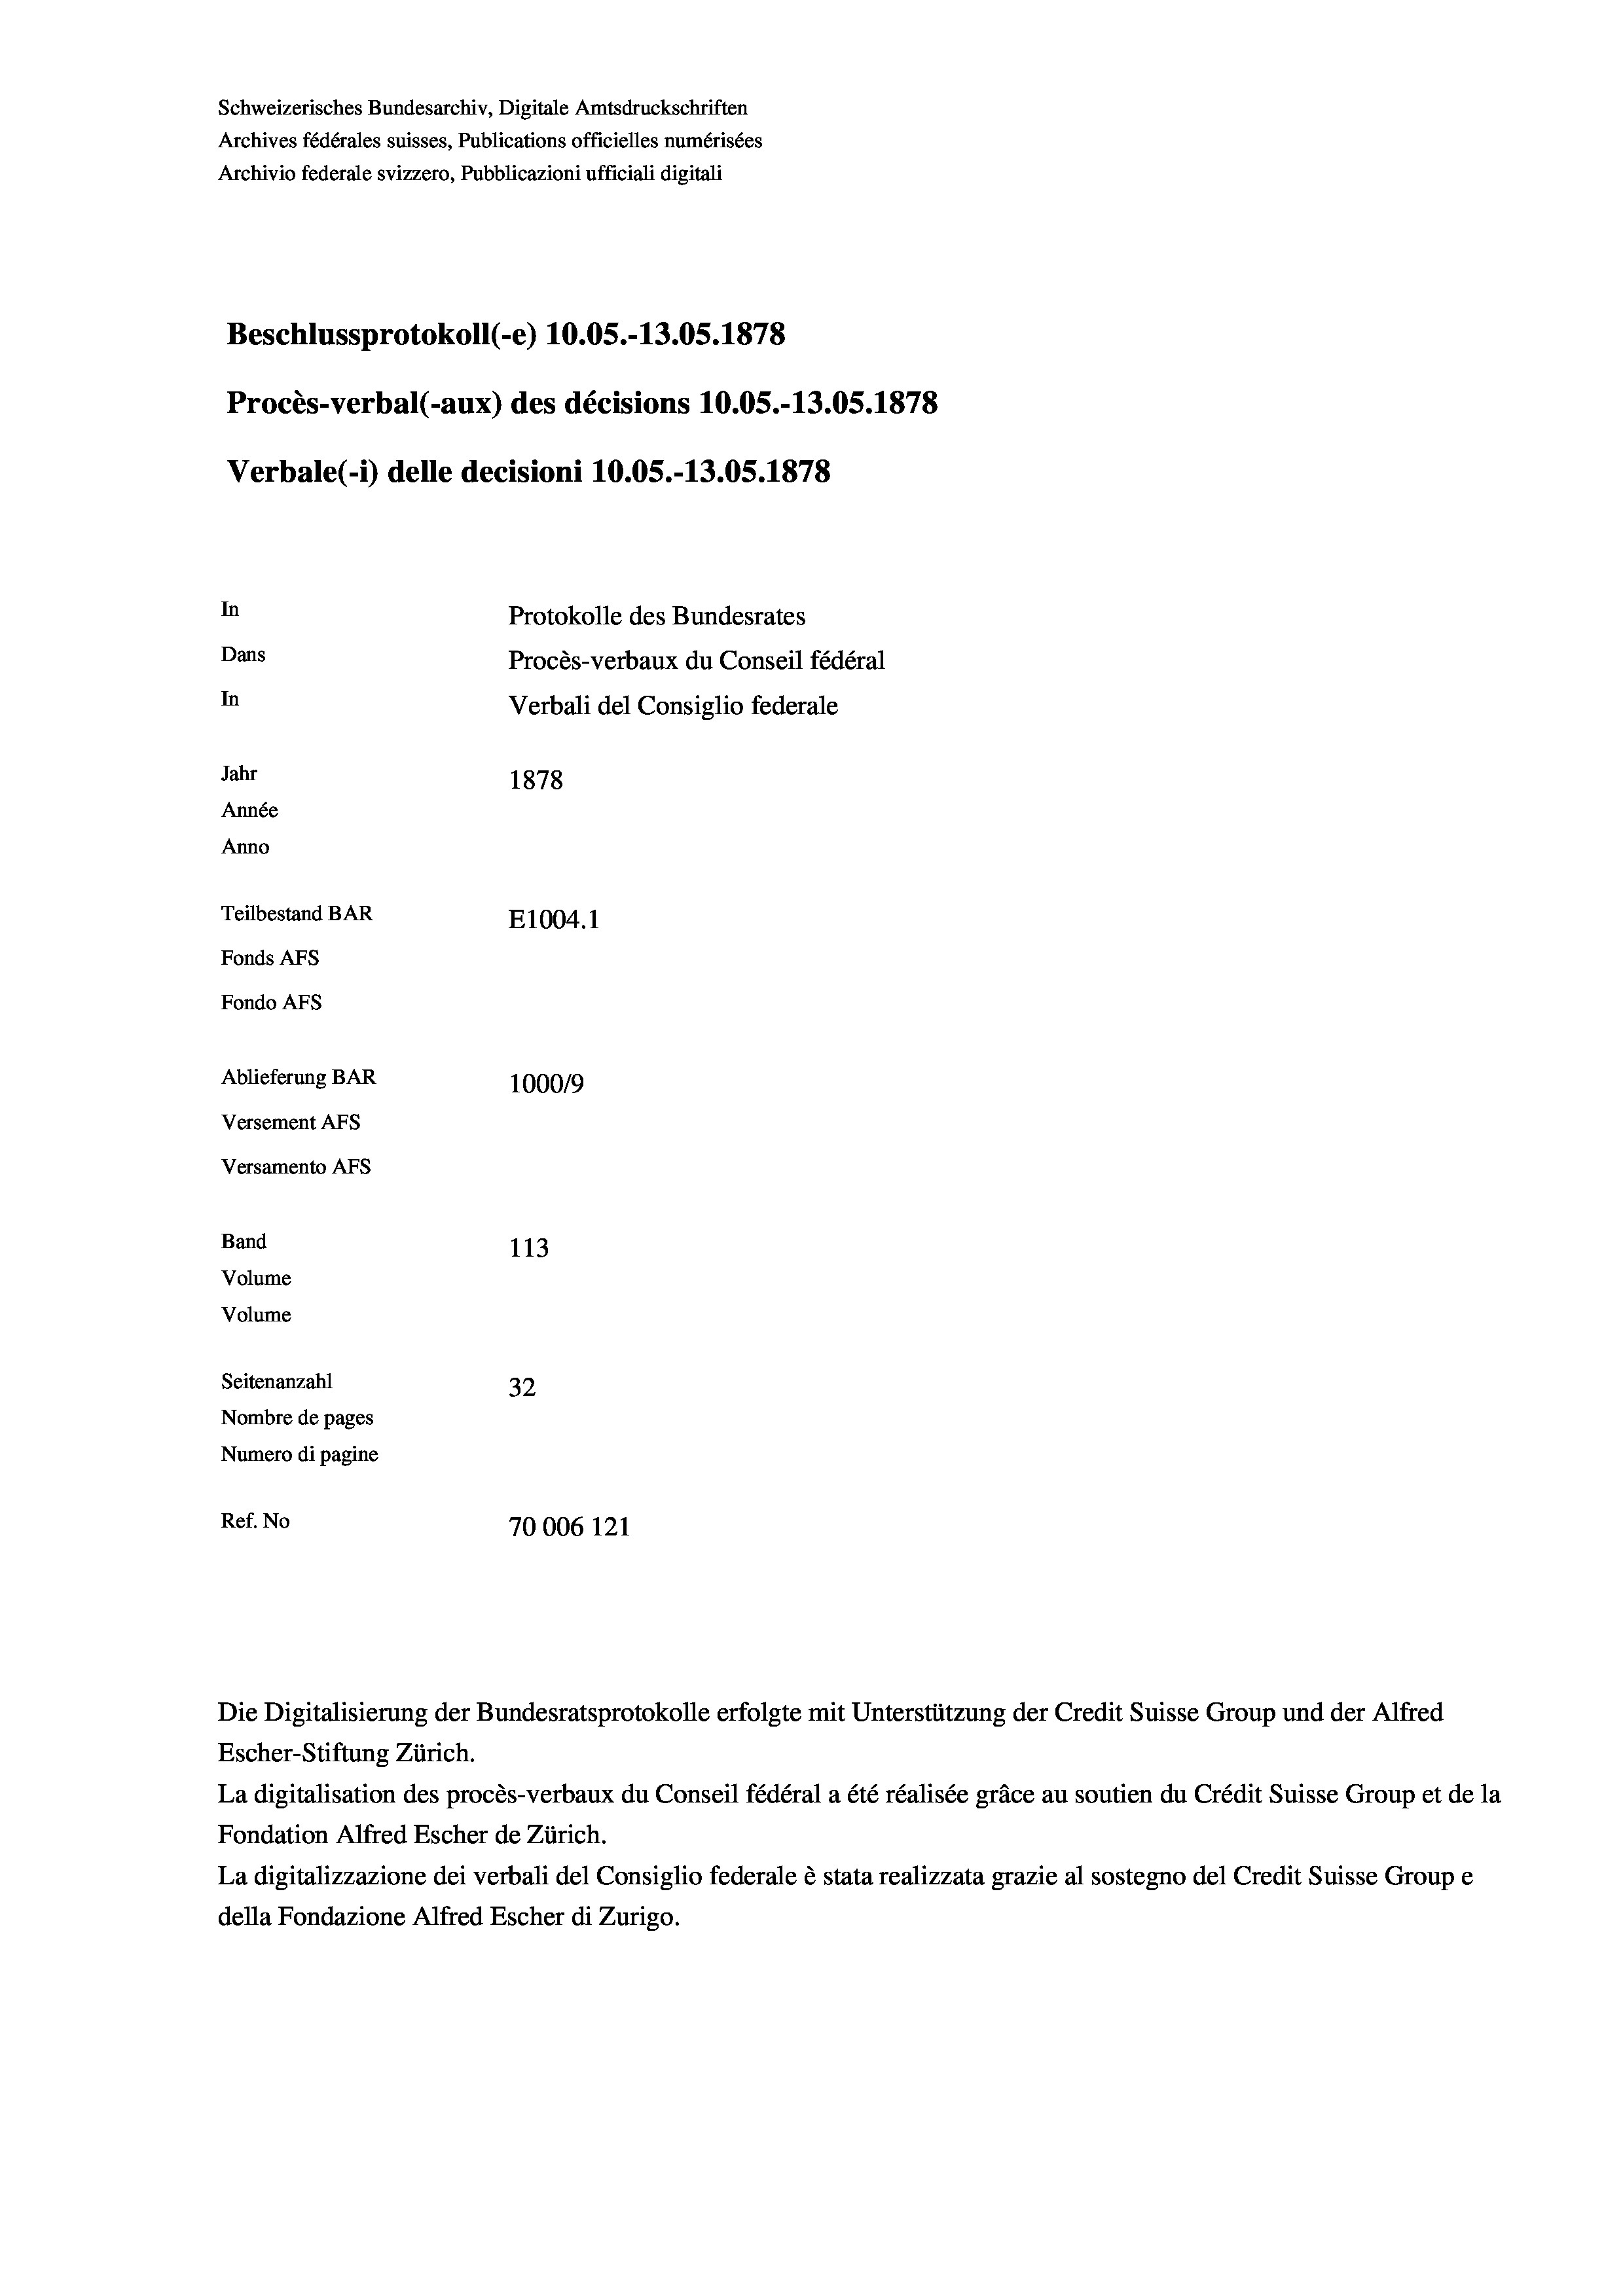
Schweizerisches Bundesarchiv, Digitale Amtsdruckschriften
Archives fédérales suisses, Publications officielles numérisées
Archivio federale svizzero, Pubblicazioni ufficiali digitali
Beschlussprotokoll (-e) 10.05.-13.05. 1878
Procès-verbal (-aux) des décisions 10.05.-13.05. 1878
Verbale (1) delle decisioni 10.05.-13.05. 1878
In
Protokolle des Bundesrates
Dans
Procès-verbaux du Conseil fédéral
In
Verbali del Consiglio federale
Jahr
1878
Année
Anno
Teilbestand BAR
E1004. 1
Fonds AFs
Fondo Afs
Ablieferung BAR
100019
Versement AFs
Versamento AFS
Band
113
Volume
Volume

Seitenanzahl
32
Nombre de pages
Numero di pagine
Ref. No
70006 121

Escher-Stiftung Zürich.
La digitalisation des procès-verbaux du Conseil fédéral a été réalisée gräce au soutien du Crédit Suisse Group et de la
Fondation Alfred Escher de Zürich.
La digitalizzazione dei verbali del Consiglio federale è stata realizzata grazie al sostegno del Credit Suisse Groupe
della Fondazione Alfred Escher di Zurigo.

Die Digitalisierung der Bundesratsprotokolle erfolgte mit Unterstützung der Credit Suisse Group und der Alfred